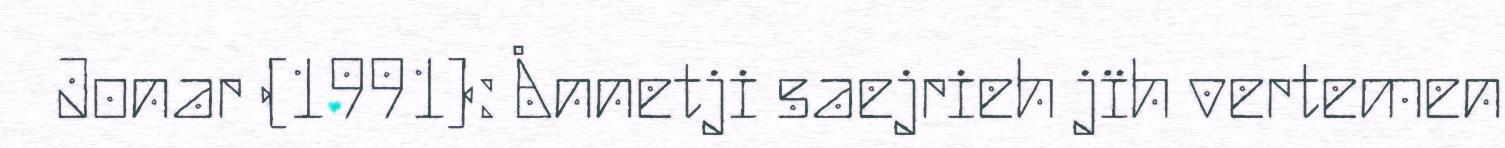
Jonar (1991): Ånnetji saejrieh jïh vertemen